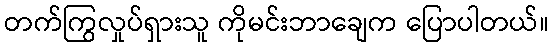
တက်ကြွလှုပ်ရှားသူ ကိုမင်းဘာချေက ပြောပါတယ်။